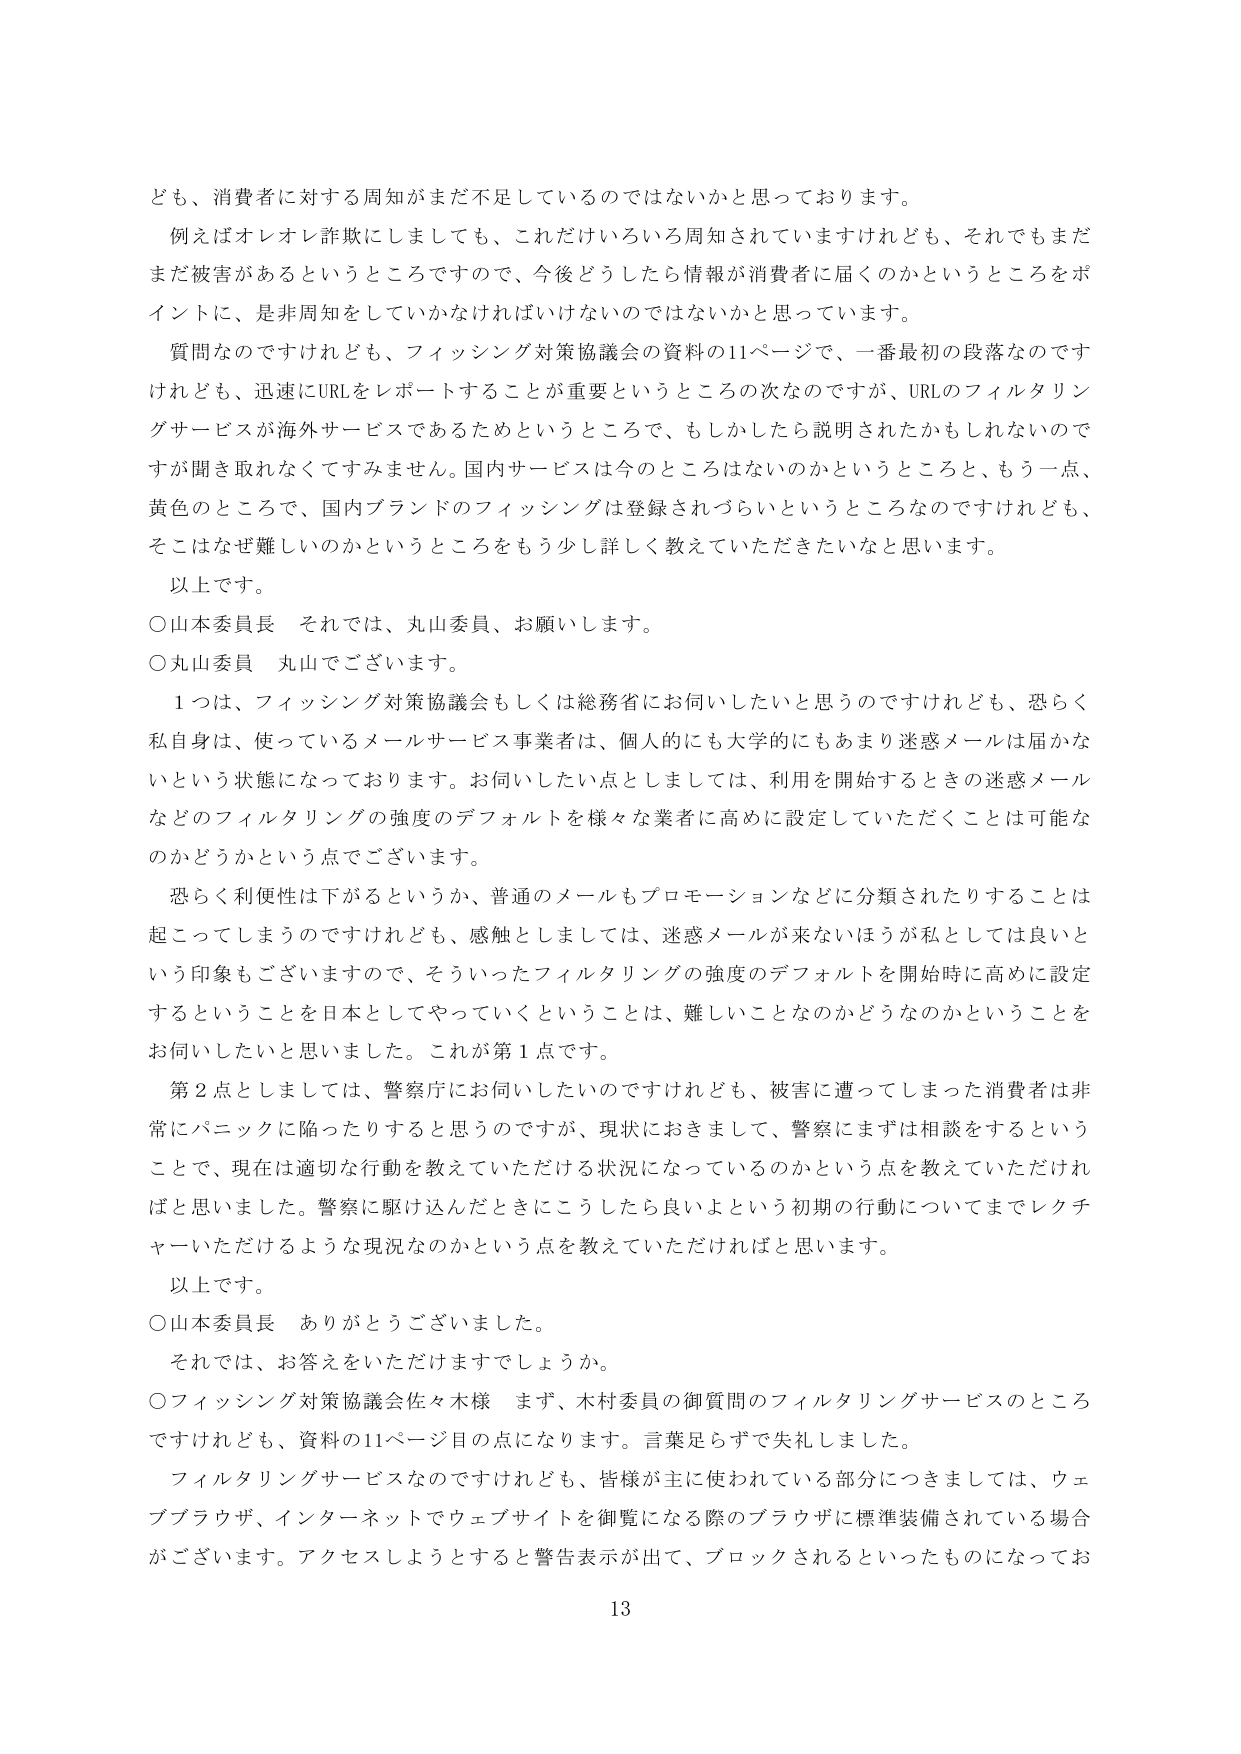
ども、消費者に対する周知がまだ不足しているのではないかと思っております。

例えばオレオレ詐欺にしましても、これだけいろいろ周知されていますけれども、それでもまだまだ被害があるというところですので、今後どうしたら情報が消費者に届くのかというところをポイントに、是非周知をしていかなければならないのではないかと思っています。

質問なのですがけれども、フィッシング対策協議会の資料の11ページで、一番最初の段落なのですがけれども、迅速にURLをレポートすることが重要というところの次なのですが、URLのフィルタリングサービスが海外サービスであるためというところで、もしかしたら説明されたかもしれないのですが聞き取れなくてすみません。国内サービスは今のところはないのかというところと、もう一点、黄色のところで、国内ブランドのフィッシングは登録されづらいというところなのですがけれども、そこはなぜ難しいのかというところをもう少し詳しく教えていただきたいなと思います。

以上です。

○山本委員長　それでは、丸山委員、お願いします。

○丸山委員　丸山でございます。

１つは、フィッシング対策協議会もしくは総務省にお伺いしたいと思うのですけれども、恐らく私自身は、使っているメールサービス事業者は、個人的にも大学的にもあまり迷惑メールは届かないという状態になっております。お伺いしたい点としましては、利用を開始するときの迷惑メールなどのフィルタリングの強度のデフォルトを様々な業者に高めに設定していただくことは可能なのかどうかという点でございます。

恐らく利便性は下がるというか、普通のメールもプロモーションなどに分類されたりすることは起こってしまうのですけれども、感触としましては、迷惑メールが来ないほうが私としては良いという印象もございますので、そういったフィルタリングの強度のデフォルトを開始時に高めに設定するということを日本としてやっていくということは、難しいことなのかどうなのかということをお伺いしたいと思いました。これが第１点です。

第２点としましては、警察庁にお伺いしたいのですがけれども、被害に遭ってしまった消費者は非常にパニックに陥ったりすると思うのですが、現状におきまして、警察にまずは相談をするということで、現在は適切な行動を教えていただける状況になっているのかという点を教えていただければと思いました。警察に駆け込んだときにこうしたら良いよという初期の行動についてまでレクチャーいただけるような現況なのかという点を教えていただければと思います。

以上です。

○山本委員長　ありがとうございました。

それでは、お答えをいただけますでしょうか。

○フィッシング対策協議会佐々木様　まず、木村委員の御質問のフィルタリングサービスのところですけれども、資料の11ページ目の点になります。言葉足らずで失礼しました。

フィルタリングサービスなのですがけれども、皆様が主に使われている部分につきましては、ウェブブラウザ、インターネットでウェブサイトを御覧になる際のブラウザに標準装備されている場合がございます。アクセスしようとするとき警告表示が出て、ブロックされるといったものになってお

13